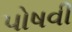
પોષવી